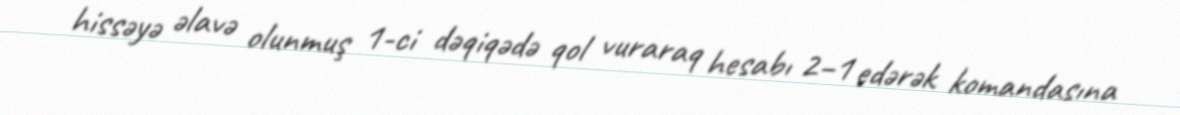
hissəyə əlavə olunmuş 1-ci dəqiqədə qol vuraraq hesabı 2–1 edərək komandasına